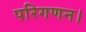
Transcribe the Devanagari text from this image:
परिगणन।